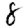
Digit: 8